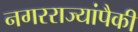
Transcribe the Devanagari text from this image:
नगरराज्यांपैकी